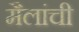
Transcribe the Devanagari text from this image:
मैलांची